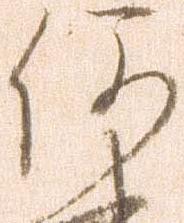
何